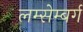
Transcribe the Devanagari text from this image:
लम्सेम्बर्ग